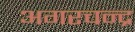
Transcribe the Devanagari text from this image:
अगरचन्द्र